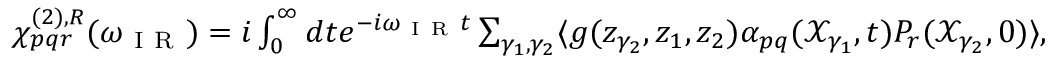
\begin{array} { r } { \chi _ { p q r } ^ { ( 2 ) , R } ( \omega _ { \mathrm { ~ I ~ R ~ } } ) = i \int _ { 0 } ^ { \infty } d t e ^ { - i \omega _ { \mathrm { ~ I ~ R ~ } } t } \sum _ { \gamma _ { 1 } , \gamma _ { 2 } } \langle g ( z _ { \gamma _ { 2 } } , z _ { 1 } , z _ { 2 } ) \alpha _ { p q } ( \mathcal { X } _ { \gamma _ { 1 } } , t ) P _ { r } ( \mathcal { X } _ { \gamma _ { 2 } } , 0 ) \rangle , } \end{array}